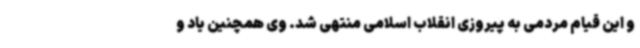
و این قیام مردمی به پیروزی انقلاب اسلامی منتهی شد. وی همچنین یاد و